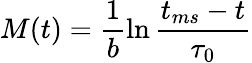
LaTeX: M(t)=\frac{1}{b}\ln\frac{t_{ms}-t}{\tau_{0}}